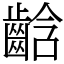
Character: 𪘒